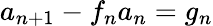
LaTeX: a_{n+1}-f_{n}a_{n}=g_{n}